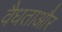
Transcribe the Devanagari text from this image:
वैधताऔर